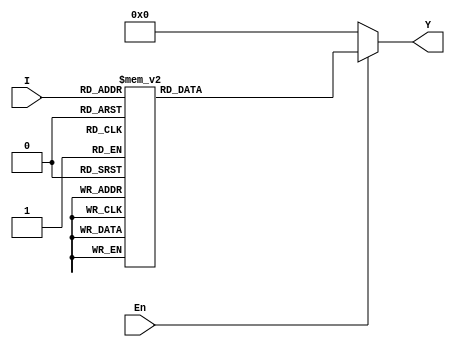
module DEC5T32E(I,En,Y);
    input [4:0]I;
    input En;
    output [31:0]Y;
    reg [31:0]Y;
    not i0(I_n,I);

always @(I)
    begin
        if(En==1)
            case(I)
            5'd0: Y=32'h00000001;
            5'd1: Y=32'h00000002;
            5'd2: Y=32'h00000004;
            5'd3: Y=32'h00000008;
            5'd4: Y=32'h00000010;
            5'd5: Y=32'h00000020;
            5'd6: Y=32'h00000040;
            5'd7: Y=32'h00000080;
            5'd8: Y=32'h00000100;
            5'd9: Y=32'h00000200;
            5'd10: Y=32'h00000400;
            5'd11: Y=32'h00000800;
            5'd12: Y=32'h00001000;
            5'd13: Y=32'h00002000;
            5'd14: Y=32'h00004000;
            5'd15: Y=32'h00008000;
            5'd16: Y=32'h00010000;
            5'd17: Y=32'h00020000;
            5'd18: Y=32'h00040000;
            5'd19: Y=32'h00080000;
            5'd20: Y=32'h00100000;
            5'd21: Y=32'h00200000;
            5'd22: Y=32'h00400000;
            5'd23: Y=32'h00800000;
            5'd24: Y=32'h01000000;
            5'd25: Y=32'h02000000;
            5'd26: Y=32'h04000000;
            5'd27: Y=32'h08000000;
            5'd28: Y=32'h10000000;
            5'd29: Y=32'h20000000;
            5'd30: Y=32'h40000000;
            5'd31: Y=32'h80000000;
        endcase
    else
        Y=32'd0;
    end
endmodule